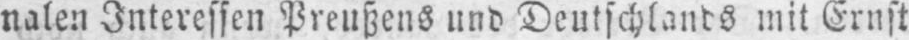
nalen Interessen Preußens und Deutschlands mit Ernst